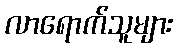
လာရောက်သူများ